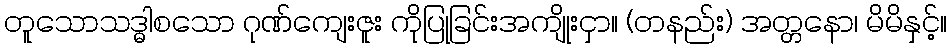
တူသောသဒ္ဓါစသော ဂုဏ်ကျေးဇူး ကိုပြုခြင်းအကျိုးငှာ။ (တနည်း) အတ္တနော၊ မိမိနှင့်။